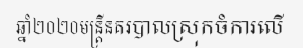
ឆ្នាំ២០២០មន្ត្រីនគរបាលស្រុកចំការលើ